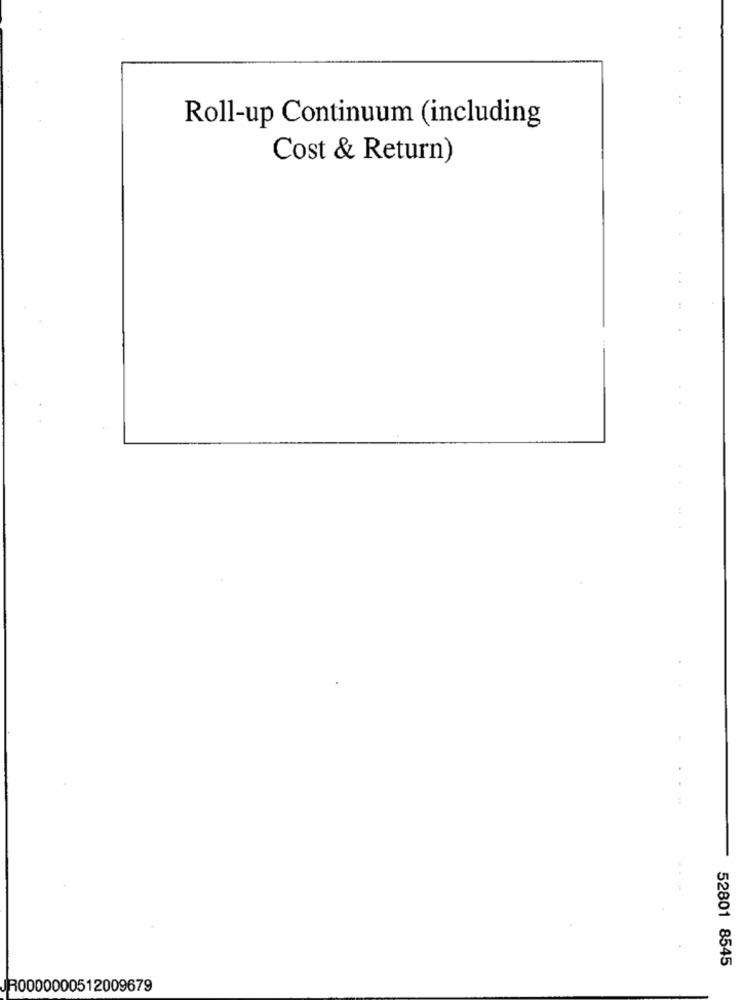
Roll-up Continuum (including
Cost & Return)
52801 8545
R0000000512009679